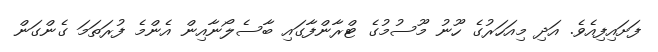
ފަށައިފިއެވެ. އަދި މިއަހަރުގެ ހޫނު މޫސުމުގެ ޓްރާންފާގައި ބާސެލޯނާއިން އެންމެ ފުރަތަމަ ގެންގަން